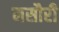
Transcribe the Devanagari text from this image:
मसौरी